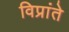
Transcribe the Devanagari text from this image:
विप्रांते